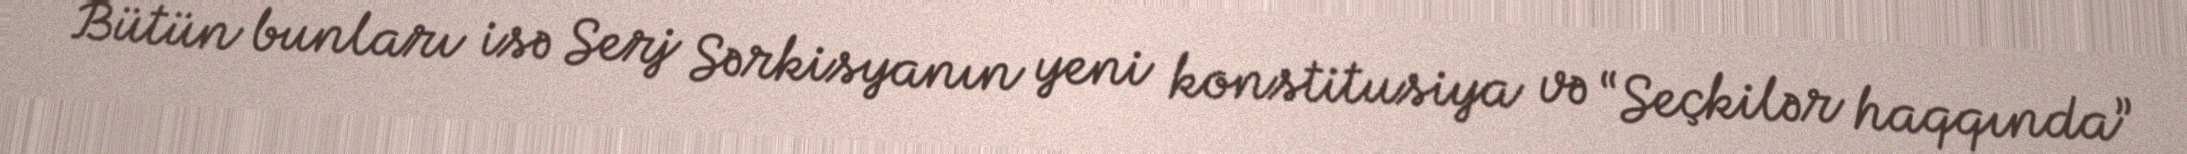
Bütün bunları isə Serj Sərkisyanın yeni konstitusiya və “Seçkilər haqqında”